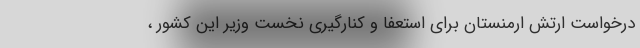
درخواست ارتش ارمنستان برای استعفا و کنارگیری نخست وزیر این کشور ،